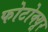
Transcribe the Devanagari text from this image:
फोटोक्यूर